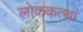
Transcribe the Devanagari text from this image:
लोककत्था